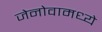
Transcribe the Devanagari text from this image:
जेनोवामध्ये